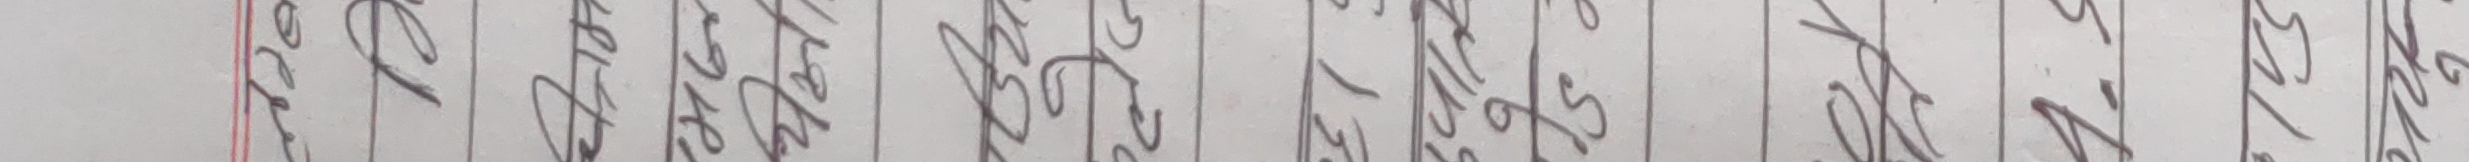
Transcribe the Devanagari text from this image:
१८। साउन ५